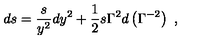
d s = { \frac { s } { y ^ { 2 } } } d y ^ { 2 } + { \frac { 1 } { 2 } } s \Gamma ^ { 2 } d \left( \Gamma ^ { - 2 } \right) \ ,